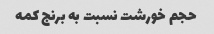
حجم خورشت نسبت به برنج کمه